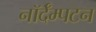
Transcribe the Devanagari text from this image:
नॉर्दॅम्पटन